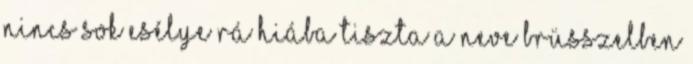
nincs sok esélye rá Hiába tiszta a neve Brüsszelben